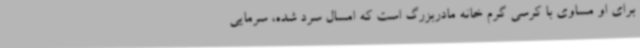
برای او مساوی با کرسی گرم خانه مادربزرگ است که امسال سرد شده، سرمایی